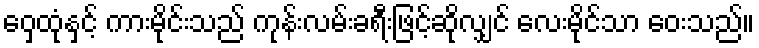
ဝှေ့ထုံနှင့် ကားမိုင်းသည် ကုန်းလမ်းခရီးဖြင့်ဆိုလျှင် လေးမိုင်သာ ဝေးသည်။